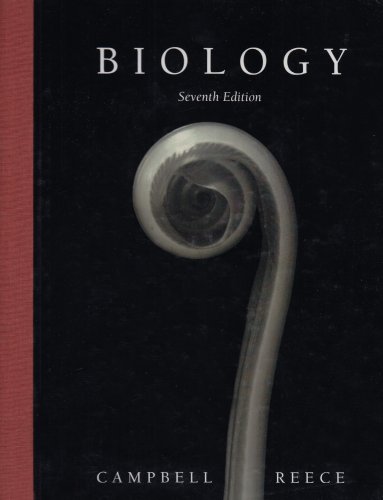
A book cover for Biology, 7th Edition (Book & CD-ROM); Neil A. Campbell; Science & Math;